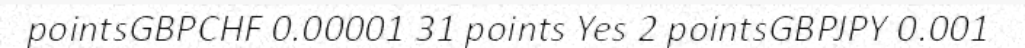
pointsGBPCHF 0.00001 31 points Yes 2 pointsGBPJPY 0.001